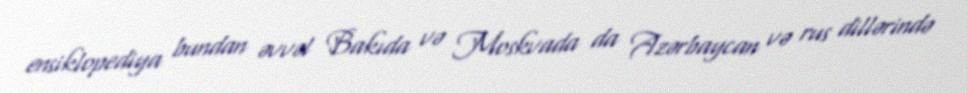
ensiklopediya bundan əvvəl Bakıda və Moskvada da Azərbaycan və rus dillərində